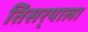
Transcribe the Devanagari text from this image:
तिसर्‍याला